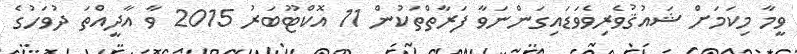
ވީމާ މިކަމަށް ޝައުޤުވެރިވެވަޑައިގަންނަވާ ފަރާތްތަކުން 11 އޮކްޓޫބަރު 2015 ވާ އާދީއްތަ ދުވަހުގެ